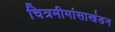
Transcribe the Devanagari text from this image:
चित्रमीमांसाखंडन